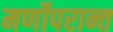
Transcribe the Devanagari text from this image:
मर्णोपरान्त